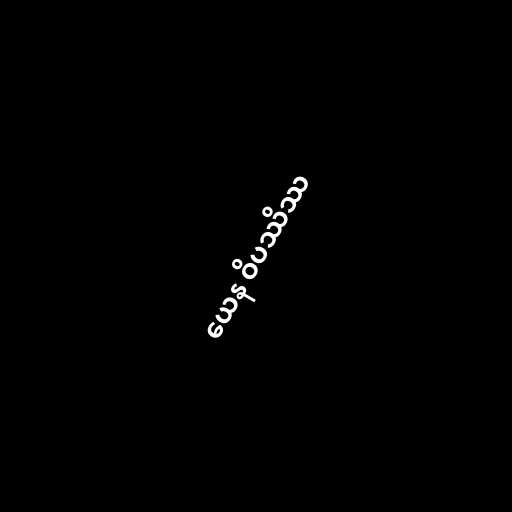
ယေန ဝိပဿိဿ